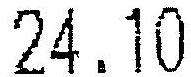
24.10